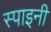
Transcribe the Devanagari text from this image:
स्पाइनी